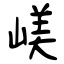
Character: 嵄